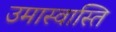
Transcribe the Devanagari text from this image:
उमास्वास्ति